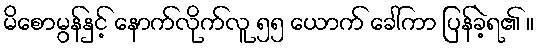
မိစောမွန်နှင့် နောက်လိုက်လူ ၅၅ ယောက် ခေါ်ကာ ပြန်ခဲ့ရ၏ ။